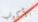
الأكواب